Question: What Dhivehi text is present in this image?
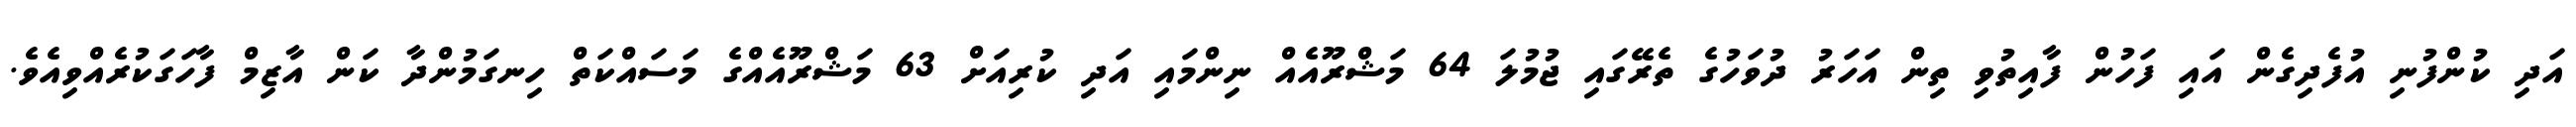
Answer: އަދި ކުންފުނި އުފެދިގެން އައި ފަހުން ފާއިތުވި ތިން އަހަރު ދުވަހުގެ ތެރޭގައި ޖުމުލަ 64 މަޝްރޫއެއް ނިންމައި އަދި ކުރިއަށް 63 މަޝްރޫއެއްގެ މަސައްކަތް ހިނގަމުންދާ ކަން އާޒިމް ފާހަގަކުރެއްވިއެވެ.